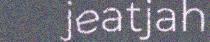
jeatjah